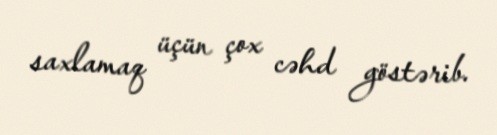
saxlamaq üçün çox cəhd göstərib.